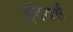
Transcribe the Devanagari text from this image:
इंवेडर्स